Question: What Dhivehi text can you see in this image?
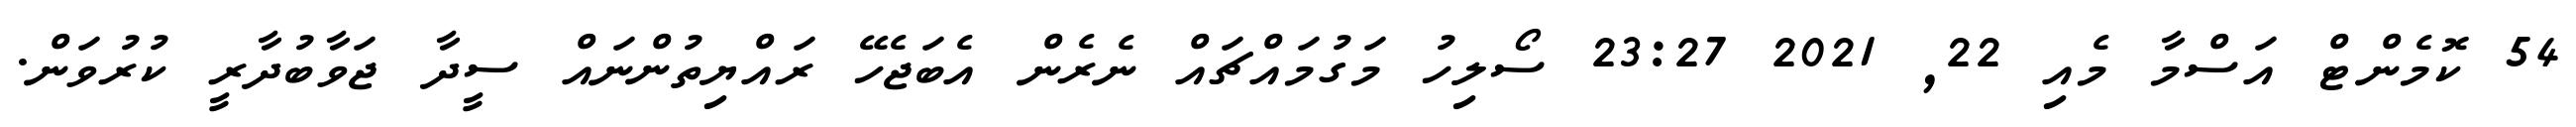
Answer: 54 ކޮމެންޓް އަސްމާ މެއި 22, 2021 23:27 ސޯލިހު މަގުމައްޗައް ނެރެން އެބަޖެހޭ ރައްޔިތުންނައް ސީދާ ޖަވާބުދާރީ ކުރުވަން.